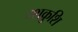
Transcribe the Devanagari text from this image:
दशकुशि